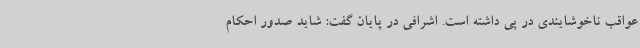
عواقب ناخوشایندی در پی داشته است. اشرافی در پایان گفت: شاید صدور احکام